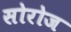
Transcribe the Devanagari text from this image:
सोरोज